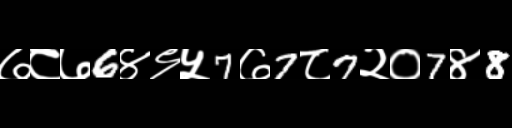
Text: ७८७6४९५7७7८7२०7४8